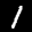
Label: 1